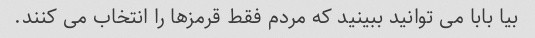
بیا بابا می توانید ببینید که مردم فقط قرمزها را انتخاب می کنند.